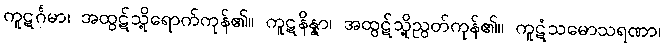
ကူဋင်္ဂမာ၊ အထွဋ်သို့ရောက်ကုန်၏။ ကူဋနိန္နာ၊ အထွဋ်သို့ညွတ်ကုန်၏။ ကူဋံသမောသရဏာ၊